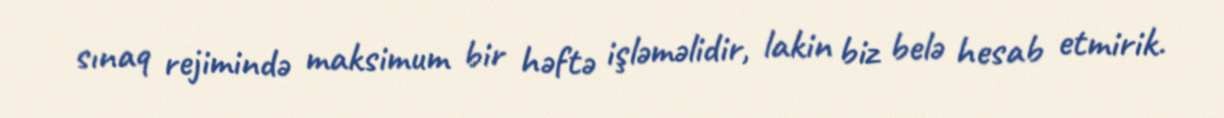
sınaq rejimində maksimum bir həftə işləməlidir, lakin biz belə hesab etmirik.